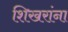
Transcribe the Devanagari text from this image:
शिखरांना